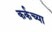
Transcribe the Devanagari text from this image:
कर्कच्या